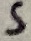
Text: 5